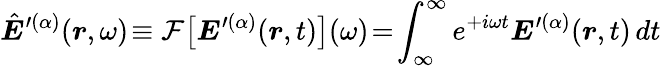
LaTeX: \hat{\boldsymbol{E}}^{\prime(\alpha)}(\boldsymbol{r},\omega)\! \equiv\mathcal{F}\big[\boldsymbol{E}^{\prime(\alpha)}(\boldsymbol{r},t)\big](\omega)\! =\! \int_{\infty}^{\infty}e^{+i\omega t}\boldsymbol{E}^{\prime(\alpha)}(\boldsymbol{r},t)\, dt